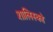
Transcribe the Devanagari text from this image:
शालिस्को